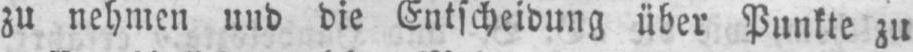
zu nehmen und die Entscheidung über Punkte zu